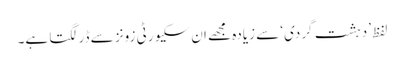
لفظ ’دہشت گردی‘ سے زیادہ مجھے ان سکیورٹی زونز سے ڈر لگتا ہے۔